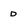
Character: D